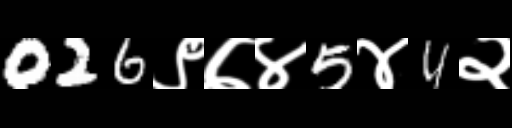
Text: 026९७४5४4२